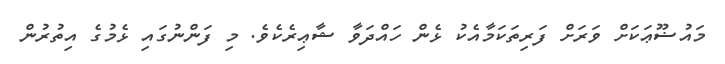
މައުޟޫޢަކަށް ވަރަށް ފަރިތަކަމާއެކު ޅެން ހައްދަވާ ޝާޢިރެކެވެ. މި ފަންނުގައި ޅެމުގެ އިތުރުން